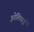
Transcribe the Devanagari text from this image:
इतेलियाई